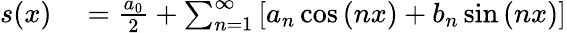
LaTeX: \begin{array}{rl}{s(x)}&{{}={\frac{a_{0}}{2}}+\sum_{n=1}^{\infty}\left[a_{n}\cos\left(nx\right)+b_{n}\sin\left(nx\right)\right]}\end{array}